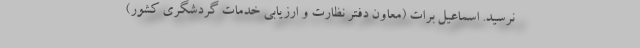
نرسید. اسماعیل برات (معاون دفتر نظارت و ارزیابی خدمات گردشگری کشور)